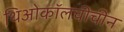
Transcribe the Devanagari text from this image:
थिओकॉलचीचीन